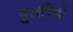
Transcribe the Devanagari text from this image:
मुलहिदों